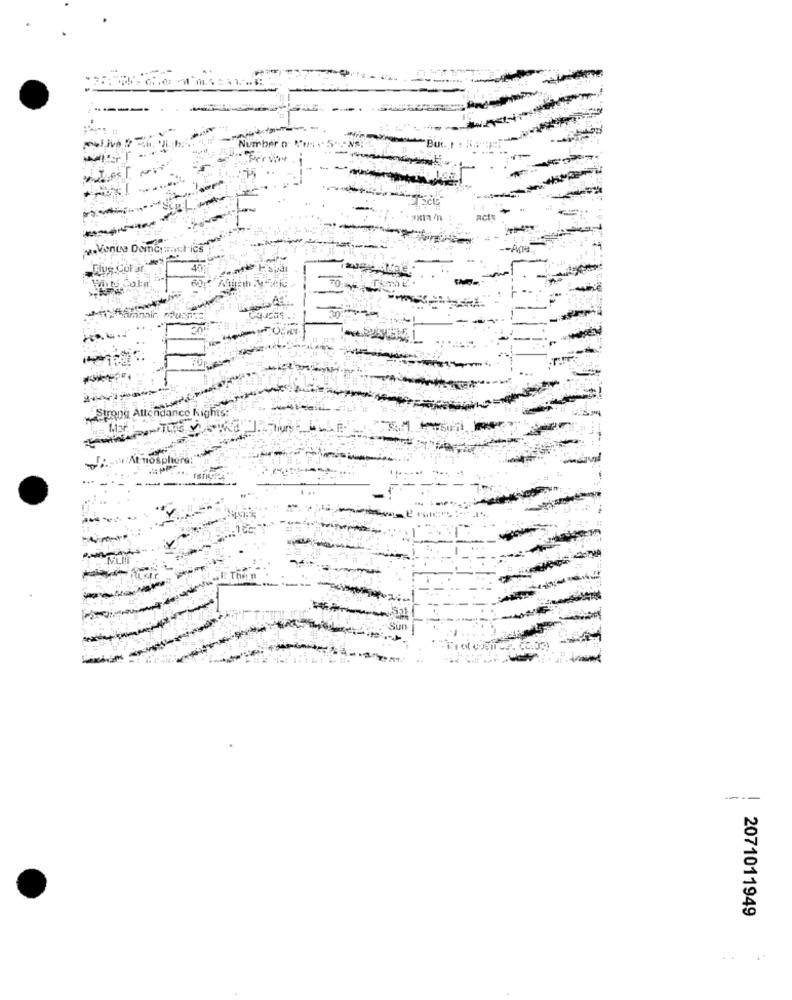
-----
Monte Demeret ics
Flus Colar
40
endance Nights
Sphere:
----
2071011949